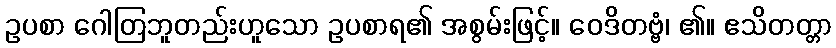
ဥပစာ ဂေါတြဘူတည်းဟူသော ဥပစာရ၏ အစွမ်းဖြင့်။ ဝေဒိတဗ္ဗံ၊ ၏။ ဧသိတတ္တာ